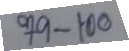
79 - 100